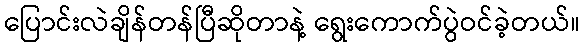
ပြောင်းလဲချိန်တန်ပြီဆိုတာနဲ့ ရွေးကောက်ပွဲဝင်ခဲ့တယ်။